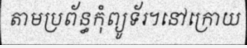
តាមប្រព័ន្ធកុំព្យូទ័រ។នៅក្រោយ